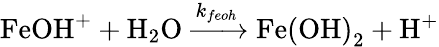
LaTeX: \mathrm{FeOH}^{+}+\mathrm{H}_{2}\mathrm{O}\xrightarrow{k_{feoh}}\mathrm{Fe(OH)}_{2}+\mathrm{H}^{+}